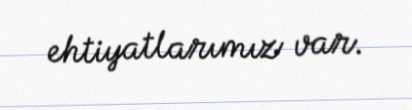
ehtiyatlarımız var.